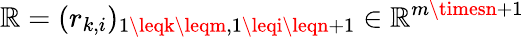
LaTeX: \mathbb{R}=(r_{k,i})_{1\leqk\leqm,1\leqi\leqn+1}\in\mathbb{{\mathbb{R}}}^{m\timesn+1}